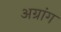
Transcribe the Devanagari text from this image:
अग्रांग